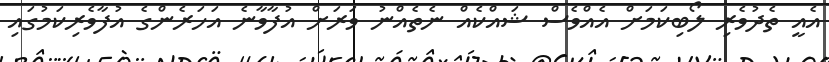
އެއީ ތެދުވެރި ލޯބިކަމަށް އެއްވެސް ޝައްކެއް ނެތެއްނު ވަރަށް އުފާވާނެ އަހަރެންގެ އުފާވެރިކަމުގައި